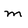
Character: m